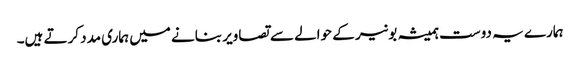
ہمارے یہ دوست ہمیشہ بونیر کے حوالے سے تصاویر بنانے میں ہماری مدد کرتے ہیں۔